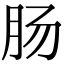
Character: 肠